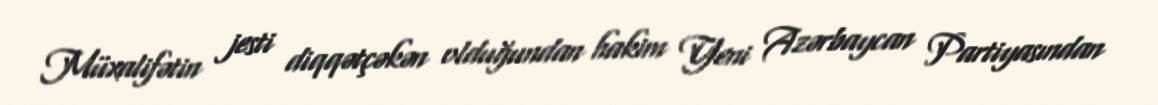
Müxalifətin jesti diqqətçəkən olduğundan hakim Yeni Azərbaycan Partiyasından